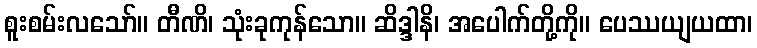
စူးစမ်းလသော်။ တီဏိ၊ သုံးခုကုန်သော။ ဆိဒ္ဒါနိ၊ အပေါက်တို့ကို။ ပေဿယျယထာ၊